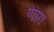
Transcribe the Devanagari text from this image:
णाग